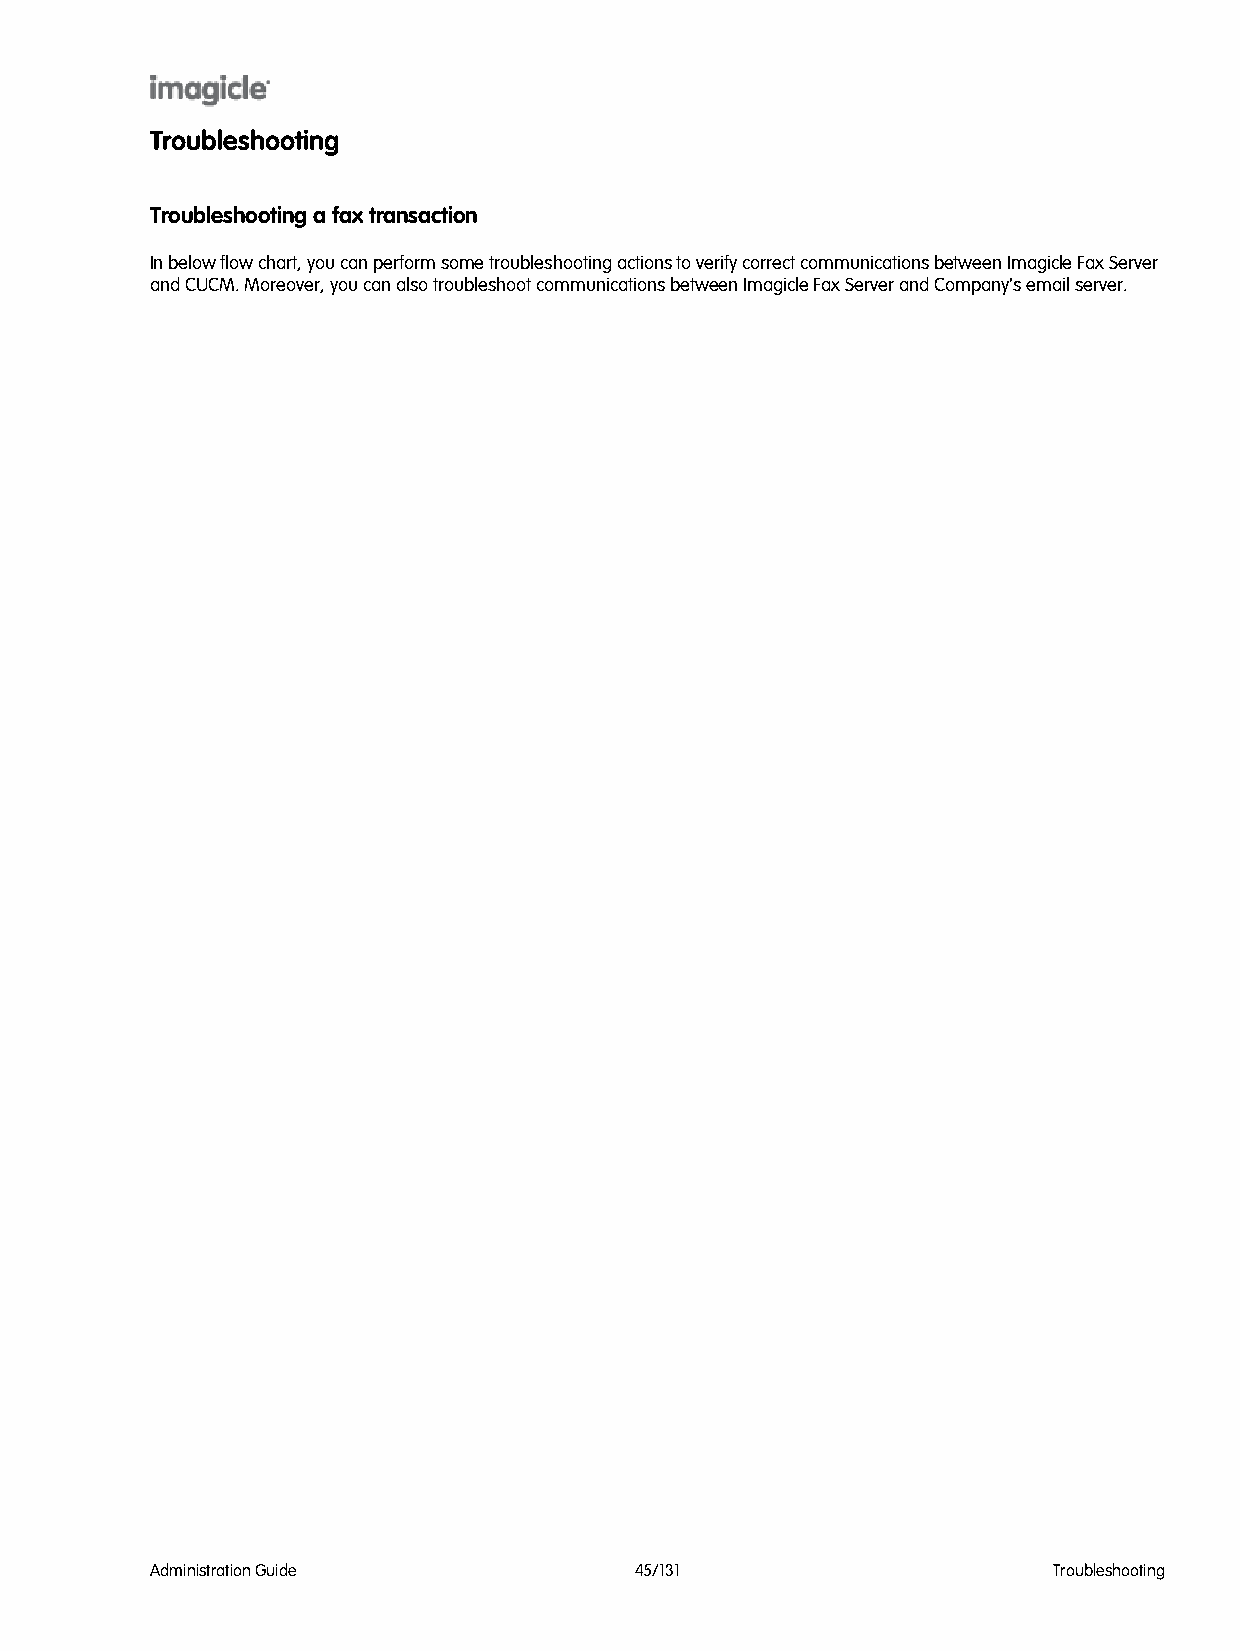
Troubleshooting
 Troubleshooting a fax transaction
 In below flow chart, you can perform some troubleshooting actions to verify correct communications between Imagicle Fax Server
 and CUCM. Moreover, you can also troubleshoot communications between Imagicle Fax Server and Company's email server.
 Administration Guide            45/131                      Troubleshooting